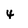
Character: 4